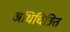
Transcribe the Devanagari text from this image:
अधिचित्रित